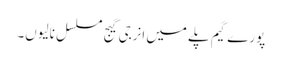
پورے گیم پلے میں انرجی گیج مسلسل نالیوں۔